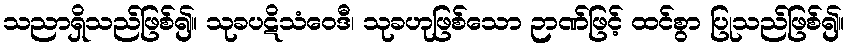
သညာရှိသည်ဖြစ်၍။ သုခပဋိသံဝေဒီ၊ သုခဟုဖြစ်သော ဉာဏ်ဖြင့် ထင်စွာ ပြုသည်ဖြစ်၍။